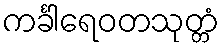
ကင်္ခါရေဝတသုတ္တံ